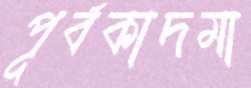
পূর্বকাদমা